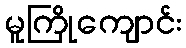
မူကြိုကျောင်း